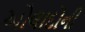
ઓલાદોની